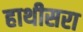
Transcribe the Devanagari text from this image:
हाथीसरा